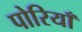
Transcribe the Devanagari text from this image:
पोरियाँ